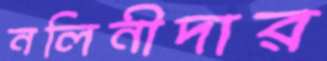
নলিনীদার